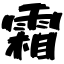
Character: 霜